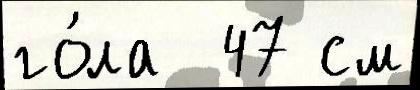
го́ла  47 см